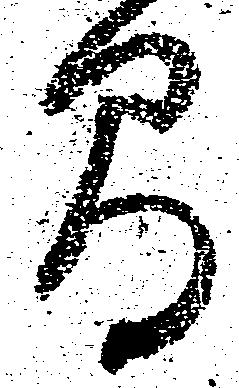
間